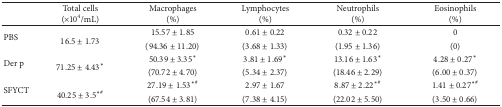
|  | Total cells (×104/mL) | Macrophages (%) | Lymphocytes (%) | Neutrophils (%) | Eosinophils (%) |
 | --- | --- | --- | --- | --- | --- |
 | <ROWSPAN=2> PBS | <ROWSPAN=2> 16.5 ± 1.73 | 15.57 ± 1.85 | 0.61 ± 0.22 | 0.32 ± 0.22 | 0 |
 | (94.36 ± 11.20) | (3.68 ± 1.33) | (1.95 ± 1.36) | (0) |
 | <ROWSPAN=2> Der p | <ROWSPAN=2> 71.25 ± 4.43* | 50.39 ± 3.35* | 3.81 ± 1.69* | 13.16 ± 1.63* | 4.28 ± 0.27* |
 | (70.72 ± 4.70) | (5.34 ± 2.37) | (18.46 ± 2.29) | (6.00 ± 0.37) |
 | <ROWSPAN=2> SFYCT | <ROWSPAN=2> 40.25 ± 3.5∗# | 27.19 ± 1.53∗# | 2.97 ± 1.67 | 8.87 ± 2.22∗# | 1.41 ± 0.27∗# |
 | (67.54 ± 3.81) | (7.38 ± 4.15) | (22.02 ± 5.50) | (3.50 ± 0.66) |